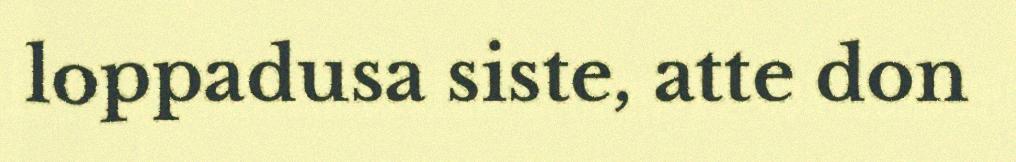
loppadusa siste, atte don